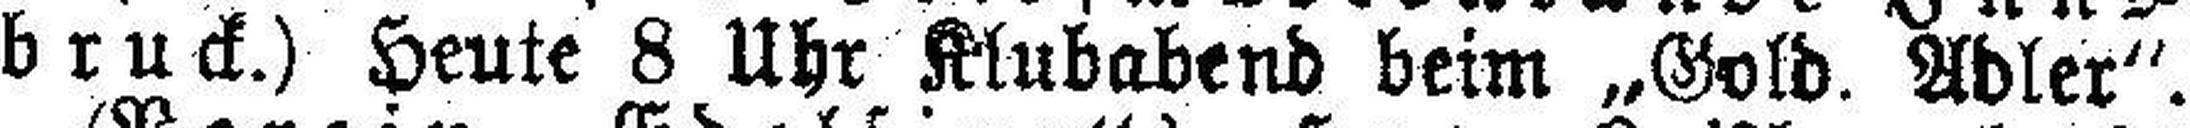
bruck.) Heute 8 Uhr Klubabend beim „Gold. Adler“.